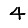
Digit: 4